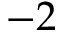
- 2